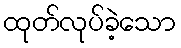
ထုတ်လုပ်ခဲ့သော